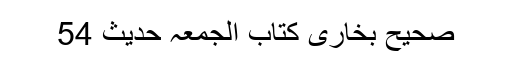
صحیح بخاری کتاب الجمعہ حدیث 54